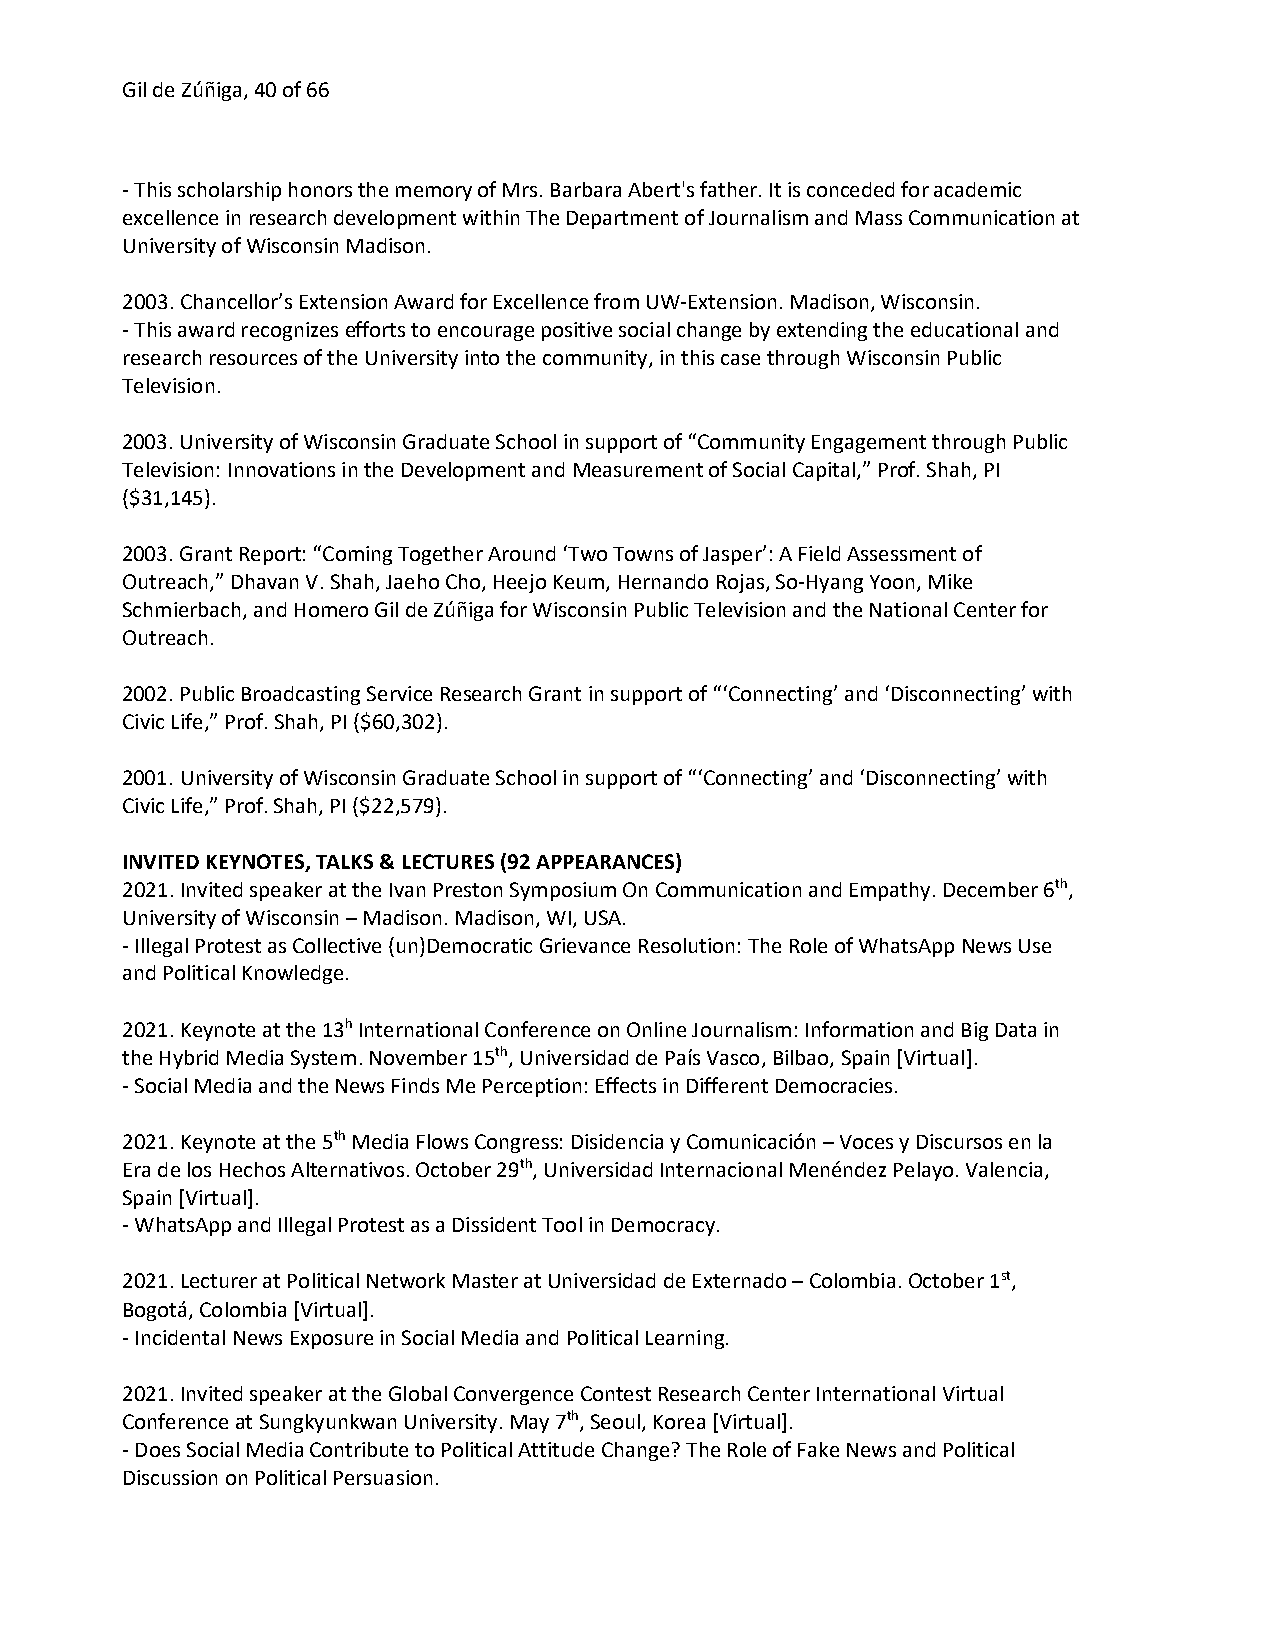
Gil de Zúñiga, 40 of 66
 - This scholarship honors the memory of Mrs. Barbara Abert's father. It is conceded for academic
 excellence in research development within The Department of Journalism and Mass Communication at
 University of Wisconsin Madison.
 2003. Chancellor’s Extension Award for Excellence from UW-Extension. Madison, Wisconsin.
 - This award recognizes efforts to encourage positive social change by extending the educational and
 research resources of the University into the community, in this case through Wisconsin Public
 Television.
 2003. University of Wisconsin Graduate School in support of “Community Engagement through Public
 Television: Innovations in the Development and Measurement of Social Capital,” Prof. Shah, PI
 ($31,145).
 2003. Grant Report: “Coming Together Around ‘Two Towns of Jasper’: A Field Assessment of
 Outreach,” Dhavan V. Shah, Jaeho Cho, Heejo Keum, Hernando Rojas, So-Hyang Yoon, Mike
 Schmierbach, and Homero Gil de Zúñiga for Wisconsin Public Television and the National Center for
 Outreach.
 2002. Public Broadcasting Service Research Grant in support of “‘Connecting’ and ‘Disconnecting’ with
 Civic Life,” Prof. Shah, PI ($60,302).
 2001. University of Wisconsin Graduate School in support of “‘Connecting’ and ‘Disconnecting’ with
 Civic Life,” Prof. Shah, PI ($22,579).
 INVITED KEYNOTES, TALKS & LECTURES (92 APPEARANCES)
 2021. Invited speaker at the Ivan Preston Symposium On Communication and Empathy. December 6th,
 University of Wisconsin – Madison. Madison, WI, USA.
 - Illegal Protest as Collective (un)Democratic Grievance Resolution: The Role of WhatsApp News Use
 and Political Knowledge.
 2021. Keynote at the 13h International Conference on Online Journalism: Information and Big Data in
 the Hybrid Media System. November 15th, Universidad de País Vasco, Bilbao, Spain [Virtual].
 - Social Media and the News Finds Me Perception: Effects in Different Democracies.
 2021. Keynote at the 5th Media Flows Congress: Disidencia y Comunicación – Voces y Discursos en la
 Era de los Hechos Alternativos. October 29th, Universidad Internacional Menéndez Pelayo. Valencia,
 Spain [Virtual].
 - WhatsApp and Illegal Protest as a Dissident Tool in Democracy.
 2021. Lecturer at Political Network Master at Universidad de Externado – Colombia. October 1st,
 Bogotá, Colombia [Virtual].
 - Incidental News Exposure in Social Media and Political Learning.
 2021. Invited speaker at the Global Convergence Contest Research Center International Virtual
 Conference at Sungkyunkwan University. May 7th, Seoul, Korea [Virtual].
 - Does Social Media Contribute to Political Attitude Change? The Role of Fake News and Political
 Discussion on Political Persuasion.